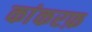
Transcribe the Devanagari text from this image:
कांकरफ़